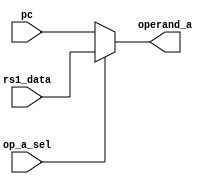
module mux_2(
input wire op_a_sel,
input wire [31:0] rs1_data,
input wire [31:0] pc,
output reg [31:0] operand_a
);
always @(*) begin
if (op_a_sel)
      operand_a = rs1_data;
else 
      operand_a = pc;
end
endmodule